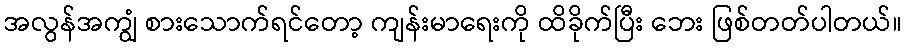
အလွန်အကျွံ စားသောက်ရင်တော့ ကျန်းမာရေးကို ထိခိုက်ပြီး ဘေး ဖြစ်တတ်ပါတယ်။